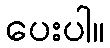
ပေးပါ။